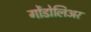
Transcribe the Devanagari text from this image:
गोंडोलिअर